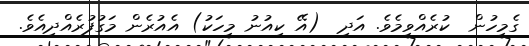
ގެމީހުން  ކުރެއްވީމެވެ. އަދި  (އޭ ކިއުނު މީހަކު) އެއުރެން މަގުފުރެއްދިއެވެ.